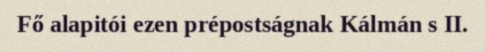
Fő alapitói ezen prépostságnak Kálmán s II.